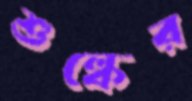
শুল্কের